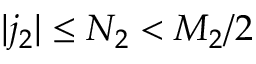
| j _ { 2 } | \leq N _ { 2 } < M _ { 2 } / 2